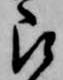
被